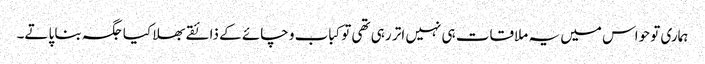
ہماری تو حواس میں یہ ملاقات ہی نہیں اتر رہی تھی توکباب و چائے کے ذائقے بھلا کیا جگہ بنا پاتے۔